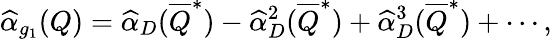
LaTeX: \widehat{\alpha}_{g_{1}}(Q)=\widehat{\alpha}_{D}(\overline{{Q}}^{*})-\widehat{\alpha}_{D}^{2}(\overline{{Q}}^{*})+\widehat{\alpha}_{D}^{3}(\overline{{Q}}^{*})+\cdots,